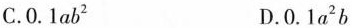
C.0.1ab^{2} D.0.1a^{2}b